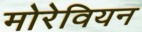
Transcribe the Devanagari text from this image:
मोरेवियन